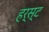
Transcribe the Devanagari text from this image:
हर्स्ट